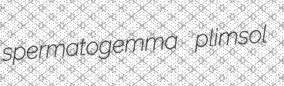
spermatogemma plimsol